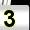
Digit: 3